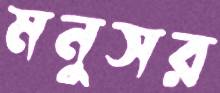
মনুসর